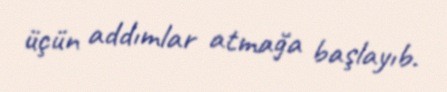
üçün addımlar atmağa başlayıb.